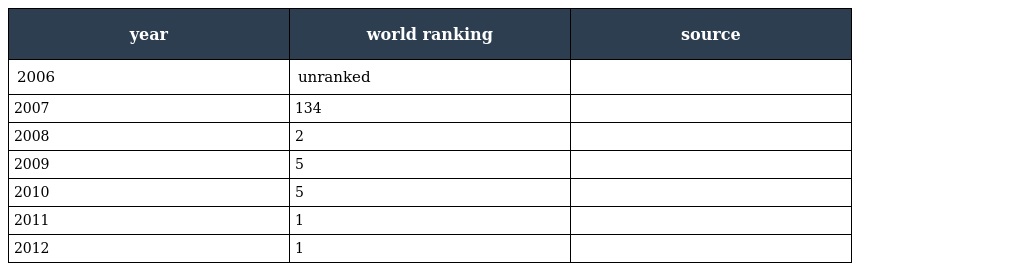
| year | world ranking | source |
 | --- | --- | --- |
 | 2006 | unranked |  |
 | 2007 | 134 |  |
 | 2008 | 2 |  |
 | 2009 | 5 |  |
 | 2010 | 5 |  |
 | 2011 | 1 |  |
 | 2012 | 1 |  |